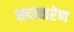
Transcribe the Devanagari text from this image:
सदाचारेण